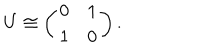
U \cong \left( \begin{array} { c c } { { 0 } } & { { 1 } } \\ { { 1 } } & { { 0 } } \\ \end{array} \right) .